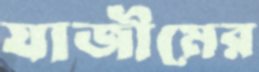
যাজীমের